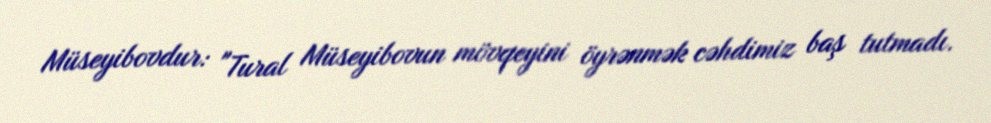
Müseyibovdur: "Tural Müseyibovun mövqeyini öyrənmək cəhdimiz baş tutmadı.